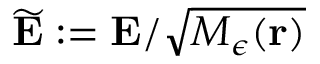
\widetilde { \bf E } : = { \bf E } / \sqrt { M _ { \epsilon } ( { \bf r } ) }